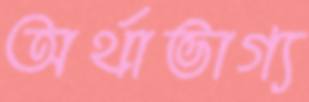
অর্থাভাগ্য